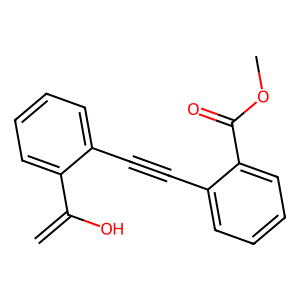
SMILES: C=C(O)c1ccccc1C#Cc1ccccc1C(=O)OC
Inhibits HIV replication: No